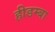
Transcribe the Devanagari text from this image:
हीडम्बा